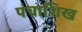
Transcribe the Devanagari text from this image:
पंचाशिख